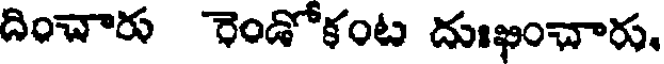
దించారు రెండోకంట దుఖంచారు.